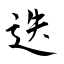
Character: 迭